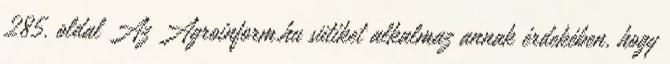
285. oldal Az Agroinform.hu sütiket alkalmaz annak érdekében, hogy